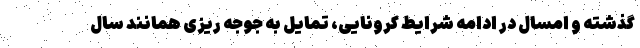
گذشته و امسال در ادامه شرایط کرونایی، تمایل به جوجه ریزی همانند سال